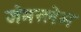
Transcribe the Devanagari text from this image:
जेमस्लेभ